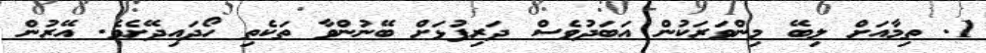
1. ތިމާއަށް ލިބޭ މިންވަރަކުން އަބަދުވެސް ދަރިފުޅަށް ބޭނުންވާ ތަކެތި ހޯދައިދޭށެވެ. އޭރުން